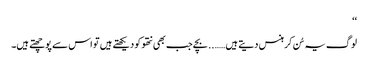
‘‘
لوگ یہ سُن کر ہنس دیتے ہیں…….. بچے جب بھی نتھو کو دیکھتے ہیں تو اس سے پوچھتے ہیں۔